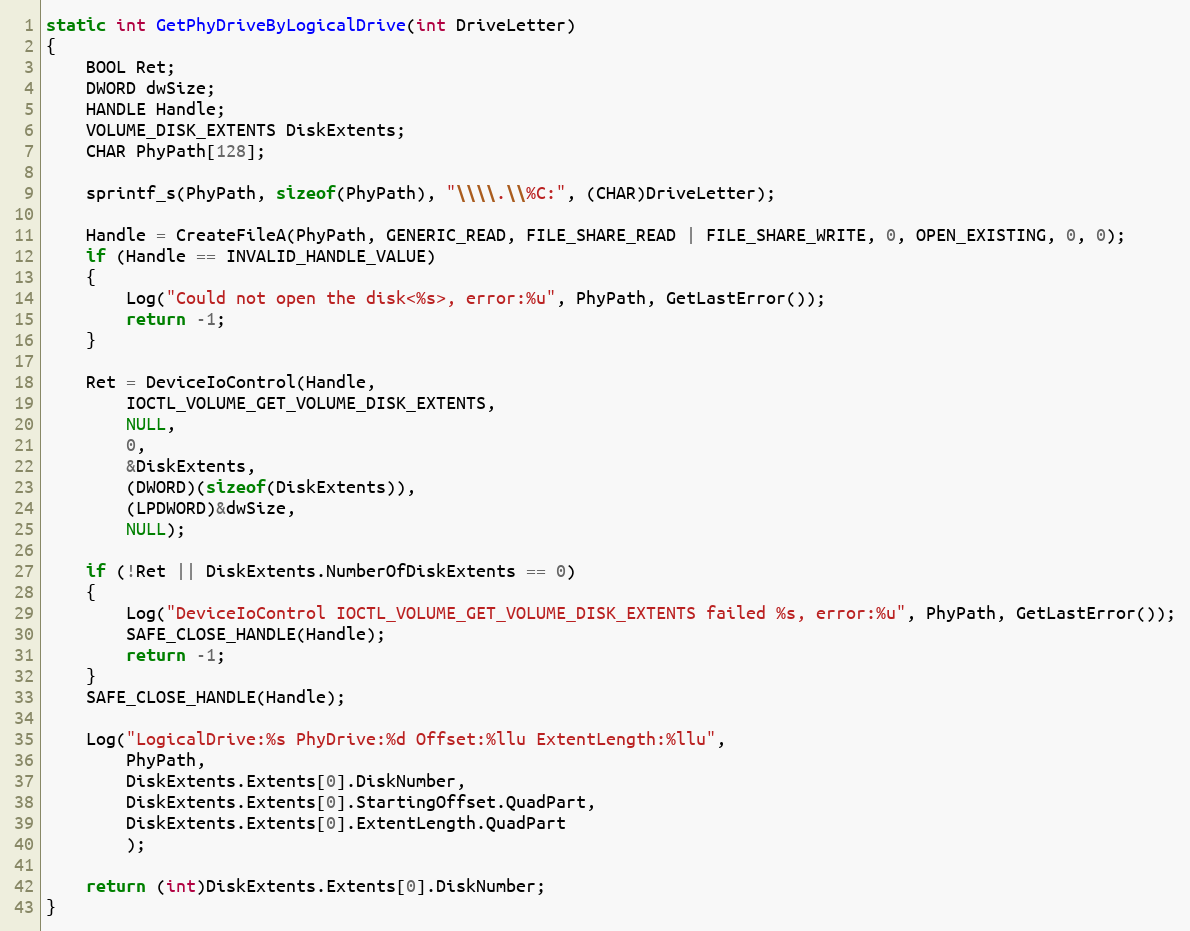
Language: C
static int GetPhyDriveByLogicalDrive(int DriveLetter)
{
    BOOL Ret;
    DWORD dwSize;
    HANDLE Handle;
    VOLUME_DISK_EXTENTS DiskExtents;
    CHAR PhyPath[128];

    sprintf_s(PhyPath, sizeof(PhyPath), "\\\\.\\%C:", (CHAR)DriveLetter);

    Handle = CreateFileA(PhyPath, GENERIC_READ, FILE_SHARE_READ | FILE_SHARE_WRITE, 0, OPEN_EXISTING, 0, 0);
    if (Handle == INVALID_HANDLE_VALUE)
    {
        Log("Could not open the disk<%s>, error:%u", PhyPath, GetLastError());
        return -1;
    }

    Ret = DeviceIoControl(Handle,
        IOCTL_VOLUME_GET_VOLUME_DISK_EXTENTS,
        NULL,
        0,
        &DiskExtents,
        (DWORD)(sizeof(DiskExtents)),
        (LPDWORD)&dwSize,
        NULL);

    if (!Ret || DiskExtents.NumberOfDiskExtents == 0)
    {
        Log("DeviceIoControl IOCTL_VOLUME_GET_VOLUME_DISK_EXTENTS failed %s, error:%u", PhyPath, GetLastError());
        SAFE_CLOSE_HANDLE(Handle);
        return -1;
    }
    SAFE_CLOSE_HANDLE(Handle);

    Log("LogicalDrive:%s PhyDrive:%d Offset:%llu ExtentLength:%llu",
        PhyPath,
        DiskExtents.Extents[0].DiskNumber,
        DiskExtents.Extents[0].StartingOffset.QuadPart,
        DiskExtents.Extents[0].ExtentLength.QuadPart
        );

    return (int)DiskExtents.Extents[0].DiskNumber;
}